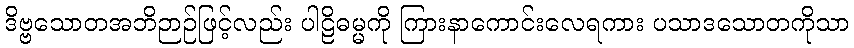
ဒိဗ္ဗသောတအဘိဉာဉ်ဖြင့်လည်း ပါဠိဓမ္မကို ကြားနာကောင်းလေရကား ပသာဒသောတကိုသာ